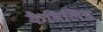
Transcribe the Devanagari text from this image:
कैमिलिड